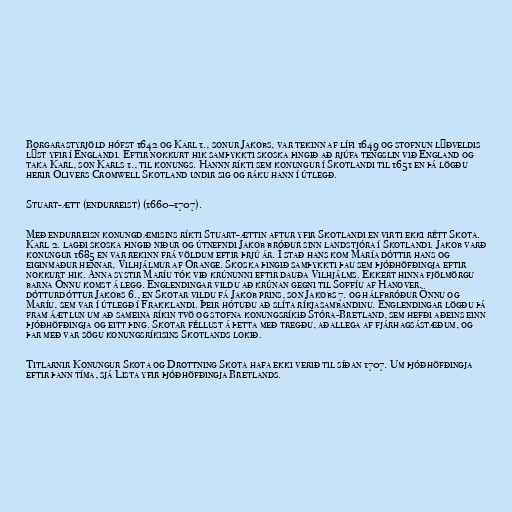
Borgarastyrjöld hófst 1642 og Karl 1., sonur Jakobs, var tekinn af lífi 1649 og stofnun lýðveldis
lýst yfir í Englandi. Eftir nokkurt hik samþykkti skoska þingið að rjúfa tengslin við England og
taka Karl, son Karls 1., til konungs. Hannn ríkti sem konungur í Skotlandi til 1651 en þá lögðu
herir Olivers Cromwell Skotland undir sig og ráku hann í útlegð.

Stuart-ætt (endurreist) (1660–1707).

Með endurreisn konungdæmisins ríkti Stuart-ættin aftur yfir Skotlandi en virti ekki rétt Skota.
Karl 2. lagði skoska þingið niður og útnefndi Jakob bróður sinn landstjóra í Skotlandi. Jakob varð
konungur 1685 en var rekinn frá völdum eftir þrjú ár. Í stað hans kom María dóttir hans og
eiginmaður hennar, Vilhjálmur af Orange. Skoska þingið samþykkti þau sem þjóðhöfðingja eftir
nokkurt hik. Anna systir Maríu tók við krúnunni eftir dauða Vilhjálms. Ekkert hinna fjölmörgu
barna Önnu komst á legg. Englendingar vildu að krúnan gegni til Soffíu af Hanover,
dótturdóttur Jakobs 6., en Skotar vildu fá Jakob prins, son Jakobs 7. og hálfbróður Önnu og
Maríu, sem var í útlegð í Frakklandi. Þeir hótuðu að slíta ríkjasambandinu. Englendingar lögðu þá
fram áætlun um að sameina ríkin tvö og stofna konungsríkið Stóra-Bretland, sem hefði aðeins einn
þjóðhöfðingja og eitt þing. Skotar féllust á þetta með tregðu, aðallega af fjárhagsástæðum, og
þar með var sögu konungsríkisins Skotlands lokið.

Titlarnir Konungur Skota og Drottning Skota hafa ekki verið til síðan 1707. Um þjóðhöfðingja
eftir þann tíma, sjá Lista yfir þjóðhöfðingja Bretlands.